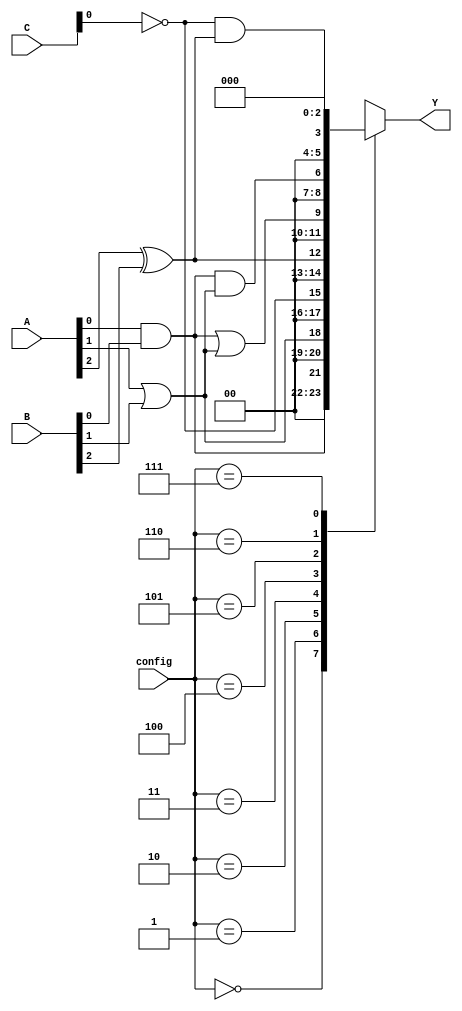
module CLB (
    input wire [2:0] A,      // 3-bit input vector
    input wire [2:0] B,      // 3-bit input vector
    input wire [2:0] C,      // 3-bit input vector
    input wire [2:0] config, // Configuration bits for anti-fuse programming
    output reg [2:0] Y       // 3-bit output vector
);

// Internal signals for logic functions
wire and_out, or_out, not_out, xor_out;

// Logic functions
assign and_out = A[0] & B[0]; // AND function
assign or_out  = A[1] | B[1];  // OR function
assign not_out = ~C[0];         // NOT function
assign xor_out = A[2] ^ B[2];   // XOR function

// Output logic based on configuration
always @(*) begin
    case (config)
        3'b000: Y = and_out;  // Output AND function
        3'b001: Y = or_out;   // Output OR function
        3'b010: Y = not_out;  // Output NOT function
        3'b011: Y = xor_out;  // Output XOR function
        3'b100: Y = and_out | or_out; // Output AND OR combination
        3'b101: Y = and_out & or_out; // Output AND AND combination
        3'b110: Y = not_out & xor_out; // Output NOT XOR combination
        3'b111: Y = 3'b000;   // Default case (can be used for testing)
        default: Y = 3'b000;  // Default output
    endcase
end

endmodule